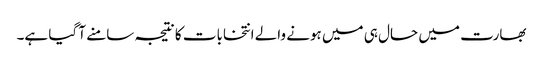
بھارت میں حال ہی میں ہونے والے انتخابات کا نتیجہ سامنے آ گیا ہے۔